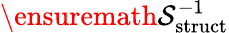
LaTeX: \ensuremath{\mathcal{S}}_{\mathrm{struct}}^{-1}